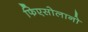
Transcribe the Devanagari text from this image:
फिएसोलानो